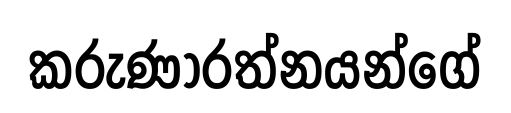
කරුණාරත්නයන්ගේ